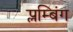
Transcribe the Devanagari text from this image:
प्लम्बिंग